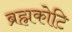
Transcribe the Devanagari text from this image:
ब्रह्मकोटि